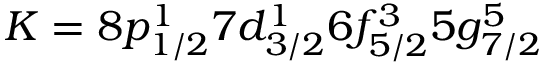
K = 8 p _ { 1 / 2 } ^ { 1 } 7 d _ { 3 / 2 } ^ { 1 } 6 f _ { 5 / 2 } ^ { 3 } 5 g _ { 7 / 2 } ^ { 5 }